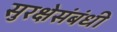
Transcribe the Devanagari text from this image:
सुरक्षेसंबंधी